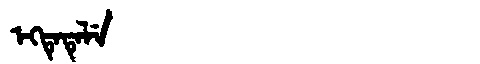
Manchu: ᡝᡴᡨᡝᡨᡝᠯᡝ
Romanization: EKTETELE